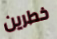
خطرين